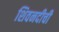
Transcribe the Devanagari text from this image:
शिवनदीची